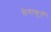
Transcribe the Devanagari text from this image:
लेवाकुएँ